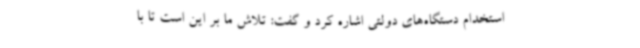
استخدام دستگاه‌های دولتی اشاره کرد و گفت: تلاش ما بر این است تا با